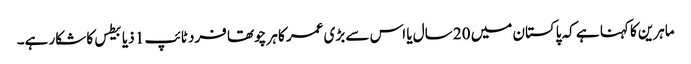
ماہرین کا کہنا ہے کہ پاکستان میں 20 سال یا اس سے بڑی عمر کا ہر چوتھا فرد ٹائپ 1 ذیابیطس کا شکار ہے۔